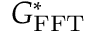
G _ { \mathrm { F F T } } ^ { * }